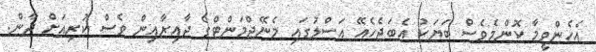
އެހެންވީމާ ކޮންމެވެސް ބަޔަކު އެބަޖެހެއޭ އަސްލުގައި މެނޭޖްމަންޓްގެ ދާއިރާއިން ވެސް ކުރިއަށް ދާން.